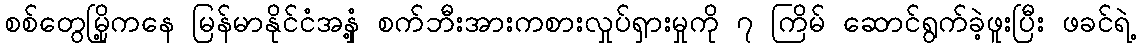
စစ်တွေမြို့ကနေ မြန်မာနိုင်ငံအနှံ့ စက်ဘီးအားကစားလှုပ်ရှားမှုကို ၇ ကြိမ် ဆောင်ရွက်ခဲ့ဖူးပြီး ဖခင်ရဲ့